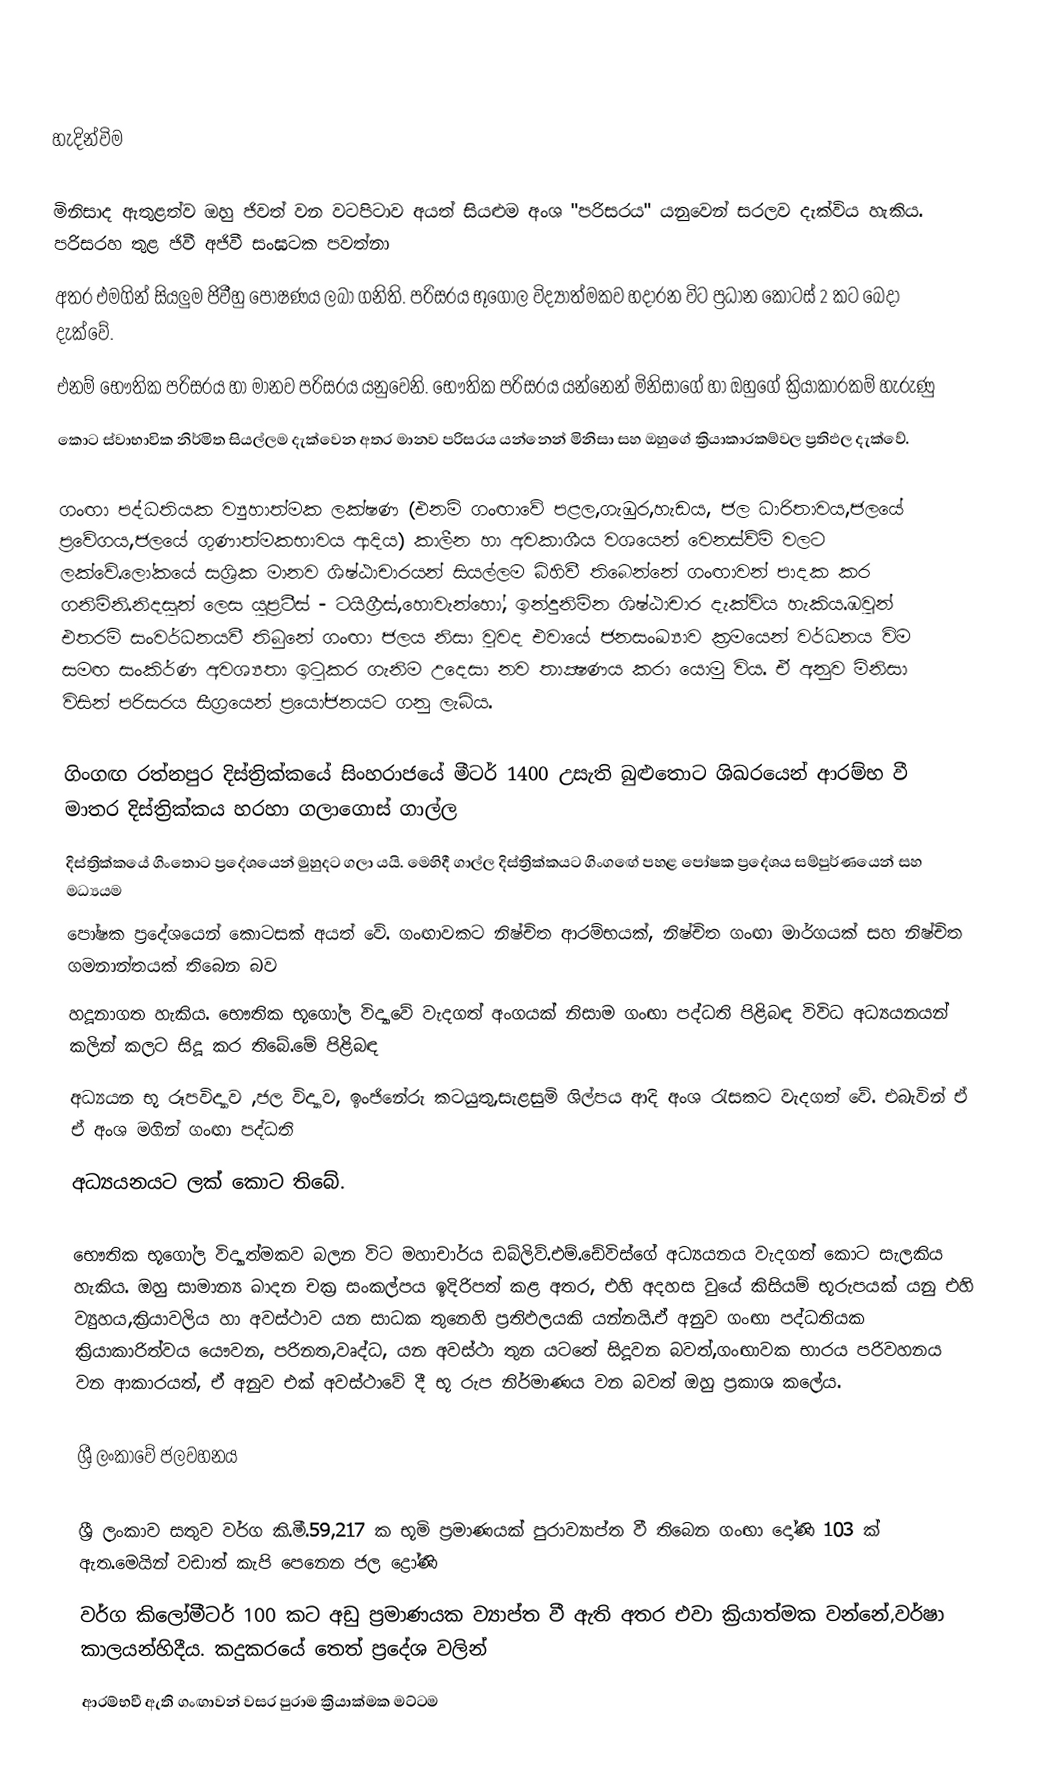

හැදින්විම

මිනිසාද  ඇතුළත්ව ඔහු ජිවත් වන වටපිටාව අයත් සියළුම අංශ "පරිසරය" යනුවෙන් සරලව දැක්විය හැකිය. පරිසරහ තුළ ජිවී අජිවී සංඝටක පවත්නා
අතර එමගින් සියලුම ජිවීහු පෝෂණය ලබා ගනිති. පරිසරය භූගෝල විද්‍යාත්මකව හදාරන විට ප්‍රධාන කොටස් 2 කට බෙදා දැක්වේ.
එනම්  භෞතික පරිසරය හා මානව පරිසරය යනුවෙනි. භෞතික පරිසරය යන්නෙන් මිනිසාගේ හා ඔහුගේ ක්‍රියාකාරකම් හැරුණු
කොට ස්වාභාවික නිර්මිත සියල්ලම දැක්වෙන අතර මානව පරිසරය යන්නෙන් මිනිසා සහ ඔහුගේ ක්‍රියාකාරකම්වල ප්‍රතිඵල දැක්වේ.

ගංඟා පද්ධතියක ව්‍යුහාත්මක ලක්ෂණ (එනම් ගංඟාවේ පළල,ගැඹුර,හැඩය, ජල ධාරිතාවය,ජලයේ ප්‍රවේගය,ජලයේ ගුණාත්මකභාවය ආදිය) කාලීන හා අවකාශීය වශයෙන් වෙනස්ව්ම් වලට ලක්වේ.ලෝකයේ සශ්‍රික මානව ශිෂ්ඨාචාරයන් සියල්ලම බිහිවී තිබෙන්නේ ගංඟාවන් පාදක කර ගනිමිනි.නිදසුන් ලෙස යුප්‍රටීස් - ටයිග්‍රීස්,හොවැන්හෝ, ඉන්දුනිම්න ශිෂ්ඨාචාර දැක්විය හැකිය.ඹවුන් එතරම් සංවර්ධනයවී තිබුනේ ගංඟා ජලය නිසා වුවද එවායේ ජනසංඛ්‍යාව ක්‍රමයෙන් වර්ධනය විම සමඟ සංකිර්ණ අවශ්‍යතා ඉටුකර ගැනිම උදෙසා නව තාක්‍ෂණය කරා යොමු විය. ඒ අනුව මිනිසා විසින් පරිසරය සීග්‍රයෙන් ප්‍රයෝජනයට ගනු ලැබිය.

ගිංගඟ රත්නපුර දිස්ත්‍රික්කයේ සිංහරාජයේ මීටර් 1400 උසැති බුළුතොට ශිඛරයෙන් ආරම්භ වී මාතර දිස්ත්‍රික්කය හරහා ගලාගොස් ගාල්ල
දිස්ත්‍රික්කයේ ගිංතොට ප්‍රදේශයෙන් මුහුදට ගලා යයි. මෙහිදී ගාල්ල දිස්ත්‍රික්කයට ගිංගඟේ පහළ පෝෂක ප්‍රදේශය සම්පුර්ණයෙන් සහ මධ්‍යයම
පෝෂක ප්‍රදේශයෙන් කොටසක් අයත් වේ. ගංඟාවකට නිෂ්චිත ආරම්භයක්, නිෂ්චිත ගංඟා මාර්ගයක් සහ නිෂ්චිත ගමනාන්තයක් තිබෙන බව
හදූනාගත හැකිය. භෞතික භූගෝල විද්‍යාවේ වැදගත් අංගයක් නිසාම ගංඟා පද්ධති පිළිබඳ විවිධ අධ්‍යයනයන් කලින් කලට සිදූ කර තිබේ.මේ පිළිබඳ
අධ්‍යයන භූ රූපවිද්‍යාව ,ජල විද්‍යාව, ඉංජිනේරු කටයුතු,සැළසුමි ශිල්පය ආදි අංශ රැසකට වැදගත් වේ. එබැවින් ඒ ඒ අංශ මගින් ගංඟා පද්ධති
අධ්‍යයනයට ලක් කොට තිබේ.

භෞතික භූගෝල විද්‍යාත්මකව බලන විට මහාචාර්ය ඩබ්ලිව්.එම්.ඩේවිස්ගේ අධ්‍යයනය වැදගත් කොට සැලකිය හැකිය. ඔහු සාමාන්‍ය ඛාදන චක්‍ර සංකල්පය ඉදිරිපත් කළ අතර, එහි අදහස වුයේ කිසියම් භූරුපයක් යනු එහි ව්‍යුහය,ක්‍රියාවලිය හා අවස්ථාව යන සාධක තුනෙහි ප්‍රතිඵලයකි යන්නයි.ඒ අනුව ගංඟා පද්ධතියක ක්‍රියාකාරිත්වය යෞවන, පරිනත,වෘද්ධ, යන අවස්ථා තුන යටතේ සිදූවන බවත්,ගංඟාවක භාරය පරිවහනය වන ආකාරයත්, ඒ අනුව එක් අවස්ථාවේ දී භූ රුප නිර්මාණය වන බවත් ඔහු ප්‍රකාශ කලේය.

ශ්‍රී ලංකාවේ ජලවහනය

ශ්‍රී ලංකාව සතුව වර්ග කි.මී.59,217 ක භූමි ප්‍රමාණයක් පුරාව්‍යාප්ත වී තිබෙන ගංඟා දෝණි 103 ක් ඇත.මෙයින් වඩාත් කැපි පෙනෙන ජල ද්‍රෝණි
වර්ග කිලෝමීටර් 100 කට අඩු ප්‍රමාණයක ව්‍යාප්ත වී ඇති අතර එවා ක්‍රියාත්මක වන්නේ,වර්ෂා කාලයන්හිදීය. කදුකරයේ තෙත් ප්‍රදේශ වලින්
ආරම්භවී ඇති ගංඟාවන් වසර පුරාම ක්‍රියාක්මක මට්ටම